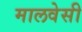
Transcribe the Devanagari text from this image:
मालवेसी